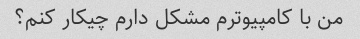
من با کامپیوترم مشکل دارم چیکار کنم؟